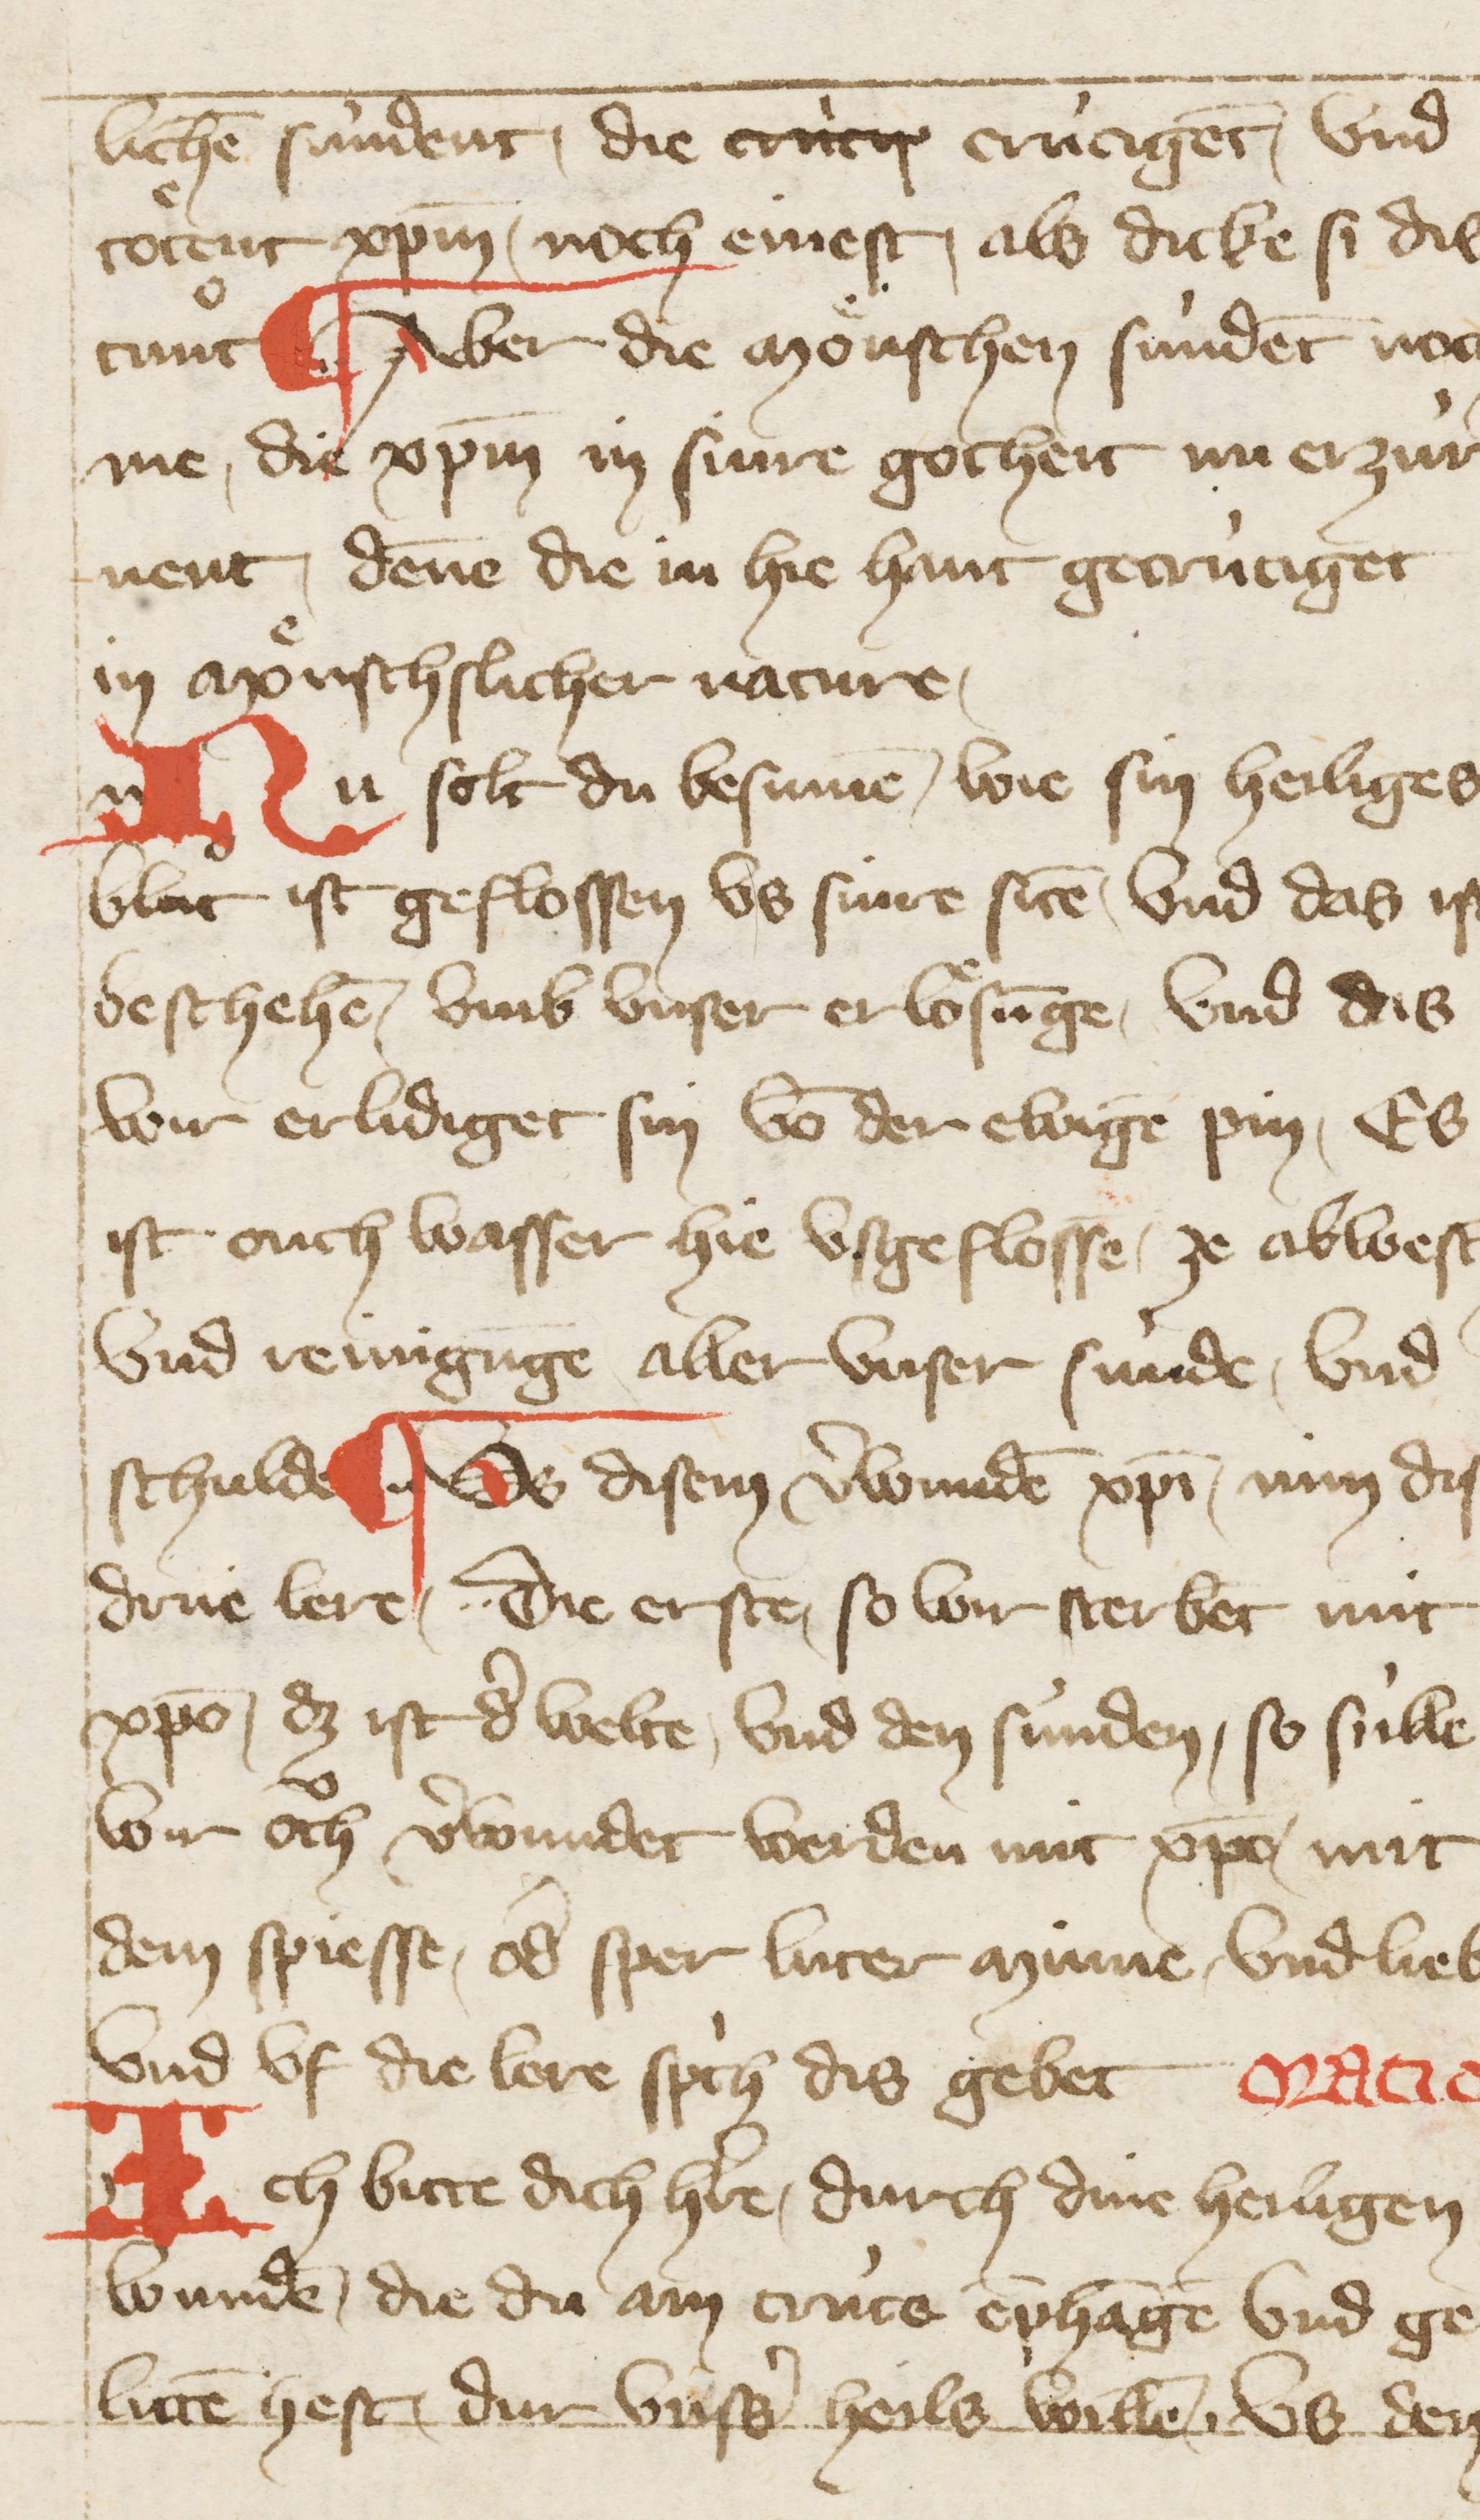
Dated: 1396–1403